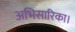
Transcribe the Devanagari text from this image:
अभिसारिका।